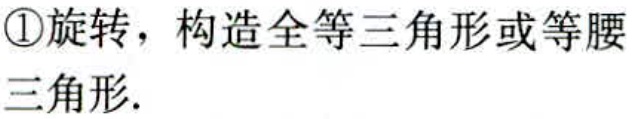
\textcircled{1}旋转，构造全等三角形或等腰三角形.